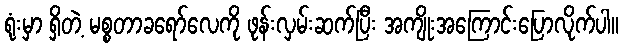
ရုံးမှာ ရှိတဲ့ မစ္စတာခရော်လေကို ဖုန်းလှမ်းဆက်ပြီး အကျိုးအကြောင်းပြောလိုက်ပါ။